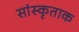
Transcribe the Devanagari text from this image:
सांस्कृताक